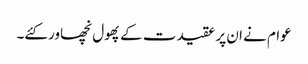
عوام نے ان پر عقیدت کے پھول نچھاور کئے۔